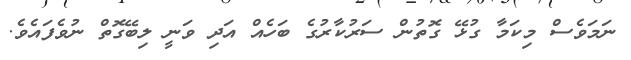
ނަމަވެސް މިކަމާ ގުޅޭ ގޮތުން ސަރުކާރުގެ ބަހެއް އަދި ވަނީ ލިބޭގޮތް ނުވެފައެވެ.